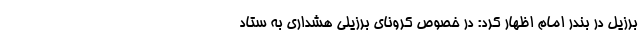
برزیل در بندر امام اظهار کرد: در خصوص کرونای برزیلی هشداری به ستاد